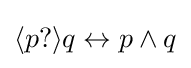
\langle p?\rangle q\leftrightarrow p\land q\,\!